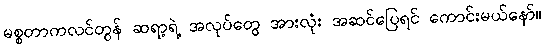
မစ္စတာကလင်တွန် ဆရာ့ရဲ့ အလုပ်တွေ အားလုံး အဆင်ပြေရင် ကောင်းမယ်နော်။